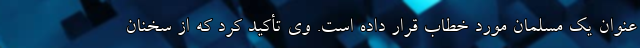
عنوان یک مسلمان مورد خطاب قرار داده است. وی تأکید کرد که از سخنان